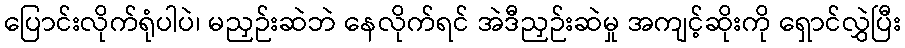
ပြောင်းလိုက်ရုံပါပဲ၊ မညှဉ်းဆဲဘဲ နေလိုက်ရင် အဲဒီညှဉ်းဆဲမှု အကျင့်ဆိုးကို ရှောင်လွှဲပြီး